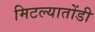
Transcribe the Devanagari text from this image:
मिटल्यातोंडी